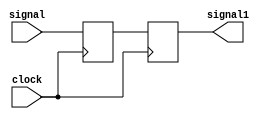
module Q2(
  input  signal,
  input  clock,
  output  signal1
);

  reg dff1; 
  reg dff2; 
  
  always @(posedge clock) begin
    dff1 <= signal;
    dff2 <= dff1;
  end

  assign signal1 = dff2; 

endmodule